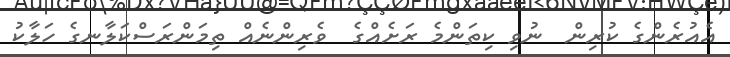
އެއުރެންގެ ކުރިން  ނުވި ކިތަންމެ ރަށެއްގެ  ވެރިންނެއް ތިމަންރަސްކަލާނގެ ހަލާކު